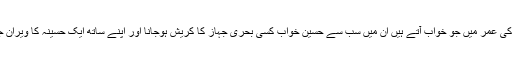
اٹھارہ سے پچیس سال تک کی عمر میں جو خواب آتے ہیں اُن میں سب سے حسین خواب کسی بحری جہاز کا کریش ہوجانا اور اپنے ساتھ ایک حسینہ کا ویران جزیرے پر زندہ بچ جاناہے۔